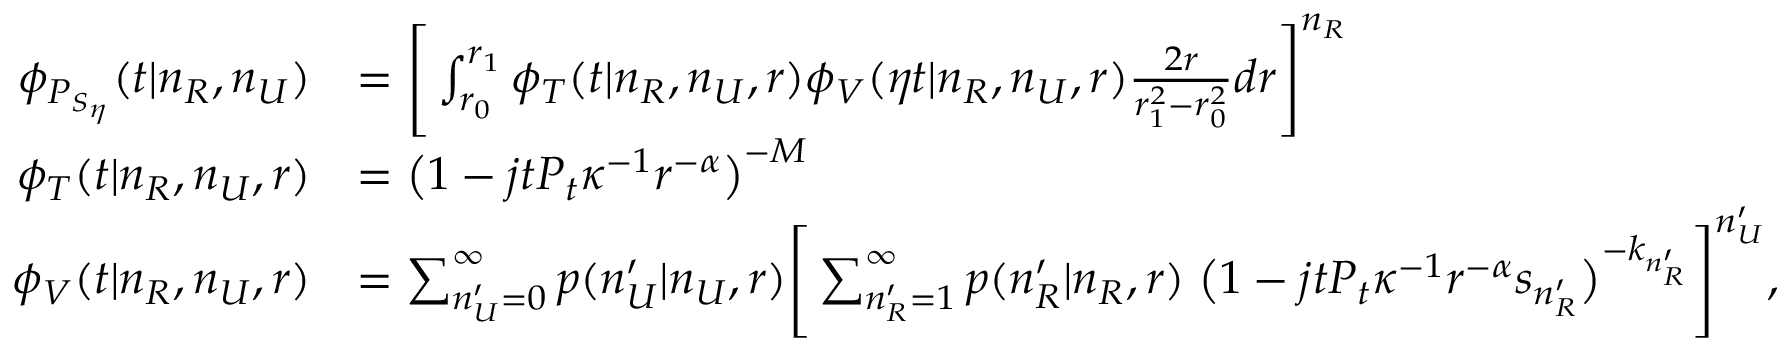
\begin{array} { r l } { \phi _ { P _ { S _ { \eta } } } ( t | n _ { R } , n _ { U } ) } & { = \Bigg [ \int _ { r _ { 0 } } ^ { r _ { 1 } } \phi _ { T } ( t | n _ { R } , n _ { U } , r ) \phi _ { V } ( \eta t | n _ { R } , n _ { U } , r ) \frac { 2 r } { r _ { 1 } ^ { 2 } - r _ { 0 } ^ { 2 } } d r \Bigg ] ^ { n _ { R } } } \\ { \phi _ { T } ( t | n _ { R } , n _ { U } , r ) } & { = \big ( 1 - j t P _ { t } \kappa ^ { - 1 } r ^ { - \alpha } \big ) ^ { - M } } \\ { \phi _ { V } ( t | n _ { R } , n _ { U } , r ) } & { = \sum _ { n _ { U } ^ { \prime } = 0 } ^ { \infty } p ( n _ { U } ^ { \prime } | n _ { U } , r ) \Bigg [ \sum _ { n _ { R } ^ { \prime } = 1 } ^ { \infty } p ( n _ { R } ^ { \prime } | n _ { R } , r ) \; \big ( 1 - j t P _ { t } \kappa ^ { - 1 } r ^ { - \alpha } s _ { n _ { R } ^ { \prime } } \big ) ^ { - k _ { n _ { R } ^ { \prime } } } \Bigg ] ^ { n _ { U } ^ { \prime } } , } \end{array}